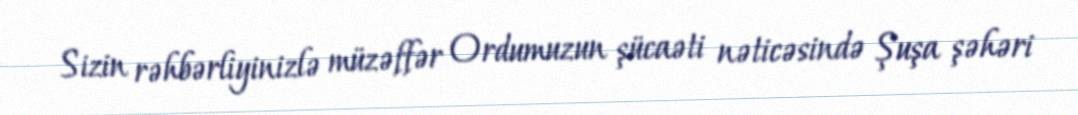
Sizin rəhbərliyinizlə müzəffər Ordumuzun şücaəti nəticəsində Şuşa şəhəri